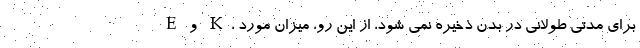
E و K، برای مدتی طولانی در بدن ذخیره نمی شود، از این رو، میزان مورد